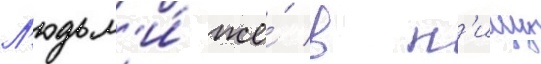
Л'юдьм'и́ же́ в п'ищу